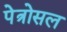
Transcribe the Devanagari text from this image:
पेत्रोसल